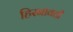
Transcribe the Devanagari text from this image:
हिरनावती